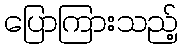
ပြောကြားသည့်